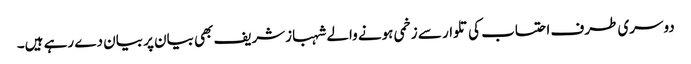
دوسری طرف احتساب کی تلوار سے زخمی ہونے والے شہبازشریف بھی بیان پر بیان دے رہے ہیں۔